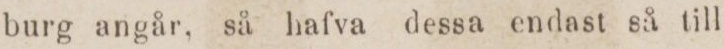
burg angår, så hafva dessa endast så till